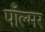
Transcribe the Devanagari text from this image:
पाँल्मर